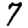
Digit: 7